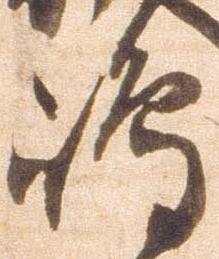
島